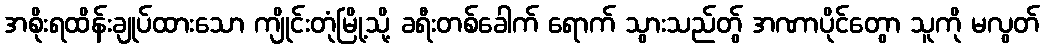
အစိုးရထိန်းချုပ်ထားသော ကျိုင်းတုံမြို့သို့ ခရီးတစ်ခေါက် ရောက် သွားသည်တွ် အဏာပိုင်တွော သူကို မလွတ်